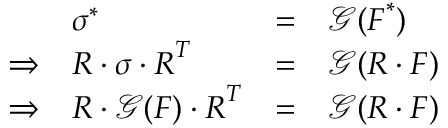
{ \begin{array} { r l r l } & { { \boldsymbol { \sigma } } ^ { * } } & { = } & { { \mathcal { G } } ( { \boldsymbol { F } } ^ { * } ) } \\ { \Rightarrow } & { { \boldsymbol { R } } \cdot { \boldsymbol { \sigma } } \cdot { \boldsymbol { R } } ^ { T } } & { = } & { { \mathcal { G } } ( { \boldsymbol { R } } \cdot { \boldsymbol { F } } ) } \\ { \Rightarrow } & { { \boldsymbol { R } } \cdot { \mathcal { G } } ( { \boldsymbol { F } } ) \cdot { \boldsymbol { R } } ^ { T } } & { = } & { { \mathcal { G } } ( { \boldsymbol { R } } \cdot { \boldsymbol { F } } ) } \end{array} }